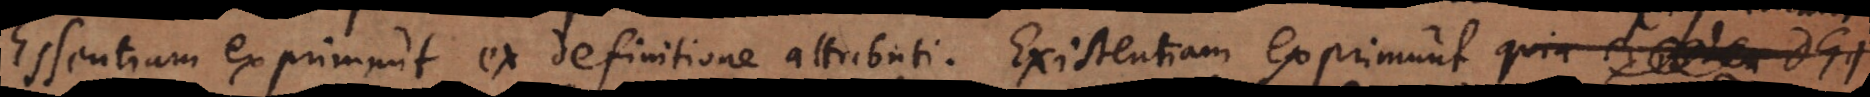
Essentiam exprimunt ex definitione attributi. Existentiam exprimunt, quia